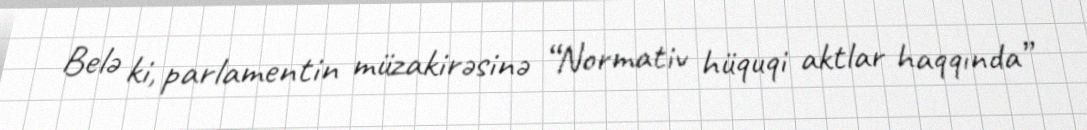
Belə ki, parlamentin müzakirəsinə “Normativ hüquqi aktlar haqqında”